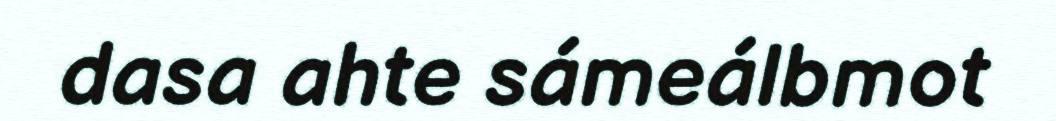
dasa ahte sámeálbmot